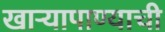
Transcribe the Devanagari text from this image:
खाऱ्यापाण्याची